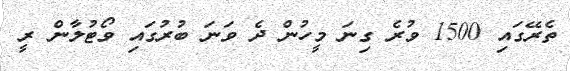
ތެރޭގައި 1500 ވުރެ ގިނަ މީހުން ދެ ވަނަ ބުރުގައި ވޯޓުލާން ރީ